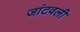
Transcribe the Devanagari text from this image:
जांटवली